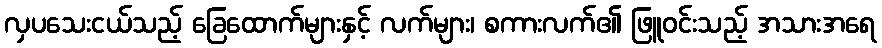
လှပသေးငယ်သည့် ခြေထောက်များနှင့် လက်များ၊ စကားလက်၏ ဖြူဝင်းသည့် အသားအရေ